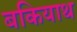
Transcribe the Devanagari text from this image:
बकियाथ